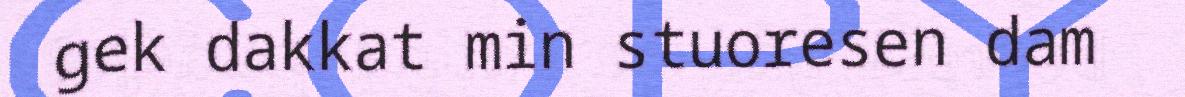
gek dakkat min stuoresen dam